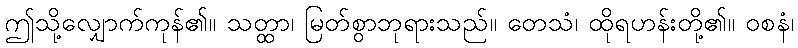
ဤသို့လျှောက်ကုန်၏။ သတ္ထာ၊ မြတ်စွာဘုရားသည်။ တေသံ၊ ထိုရဟန်းတို့၏။ ဝစနံ၊